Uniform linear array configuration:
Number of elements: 32
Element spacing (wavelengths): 0.75
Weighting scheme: cosine
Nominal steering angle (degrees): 30
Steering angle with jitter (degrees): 28.466
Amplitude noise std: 0.05
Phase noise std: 0.05

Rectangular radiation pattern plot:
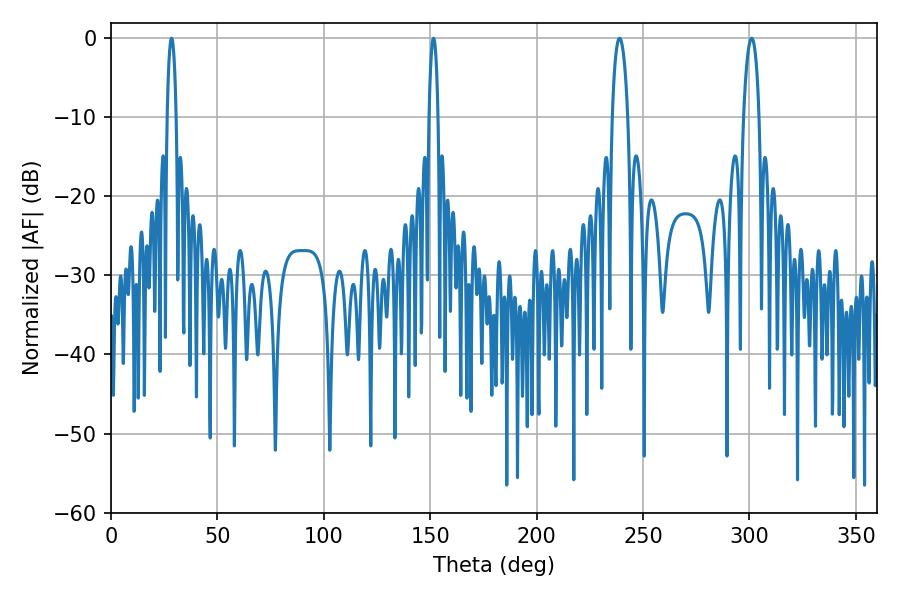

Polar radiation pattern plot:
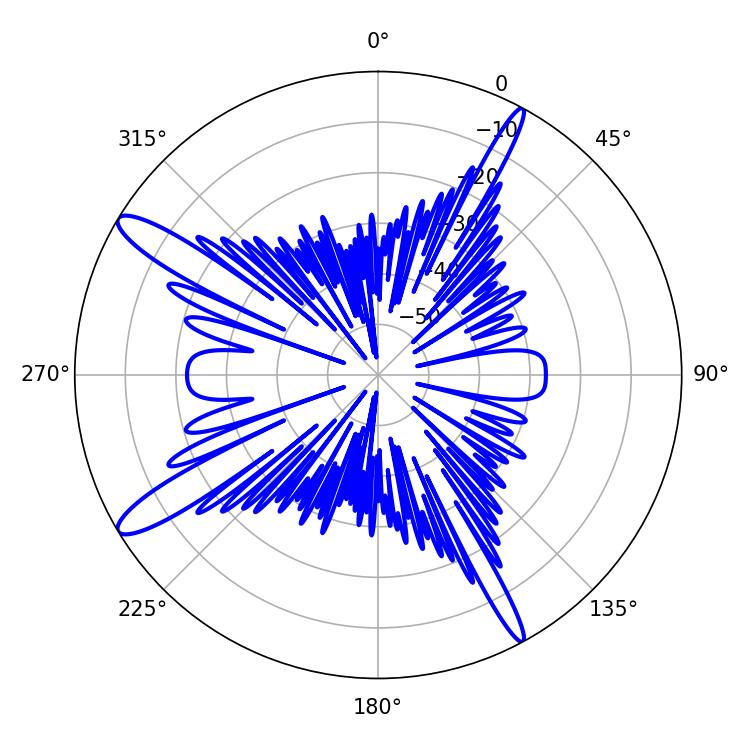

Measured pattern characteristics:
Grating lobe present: TRUE
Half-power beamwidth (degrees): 2.34
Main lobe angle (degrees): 28.44